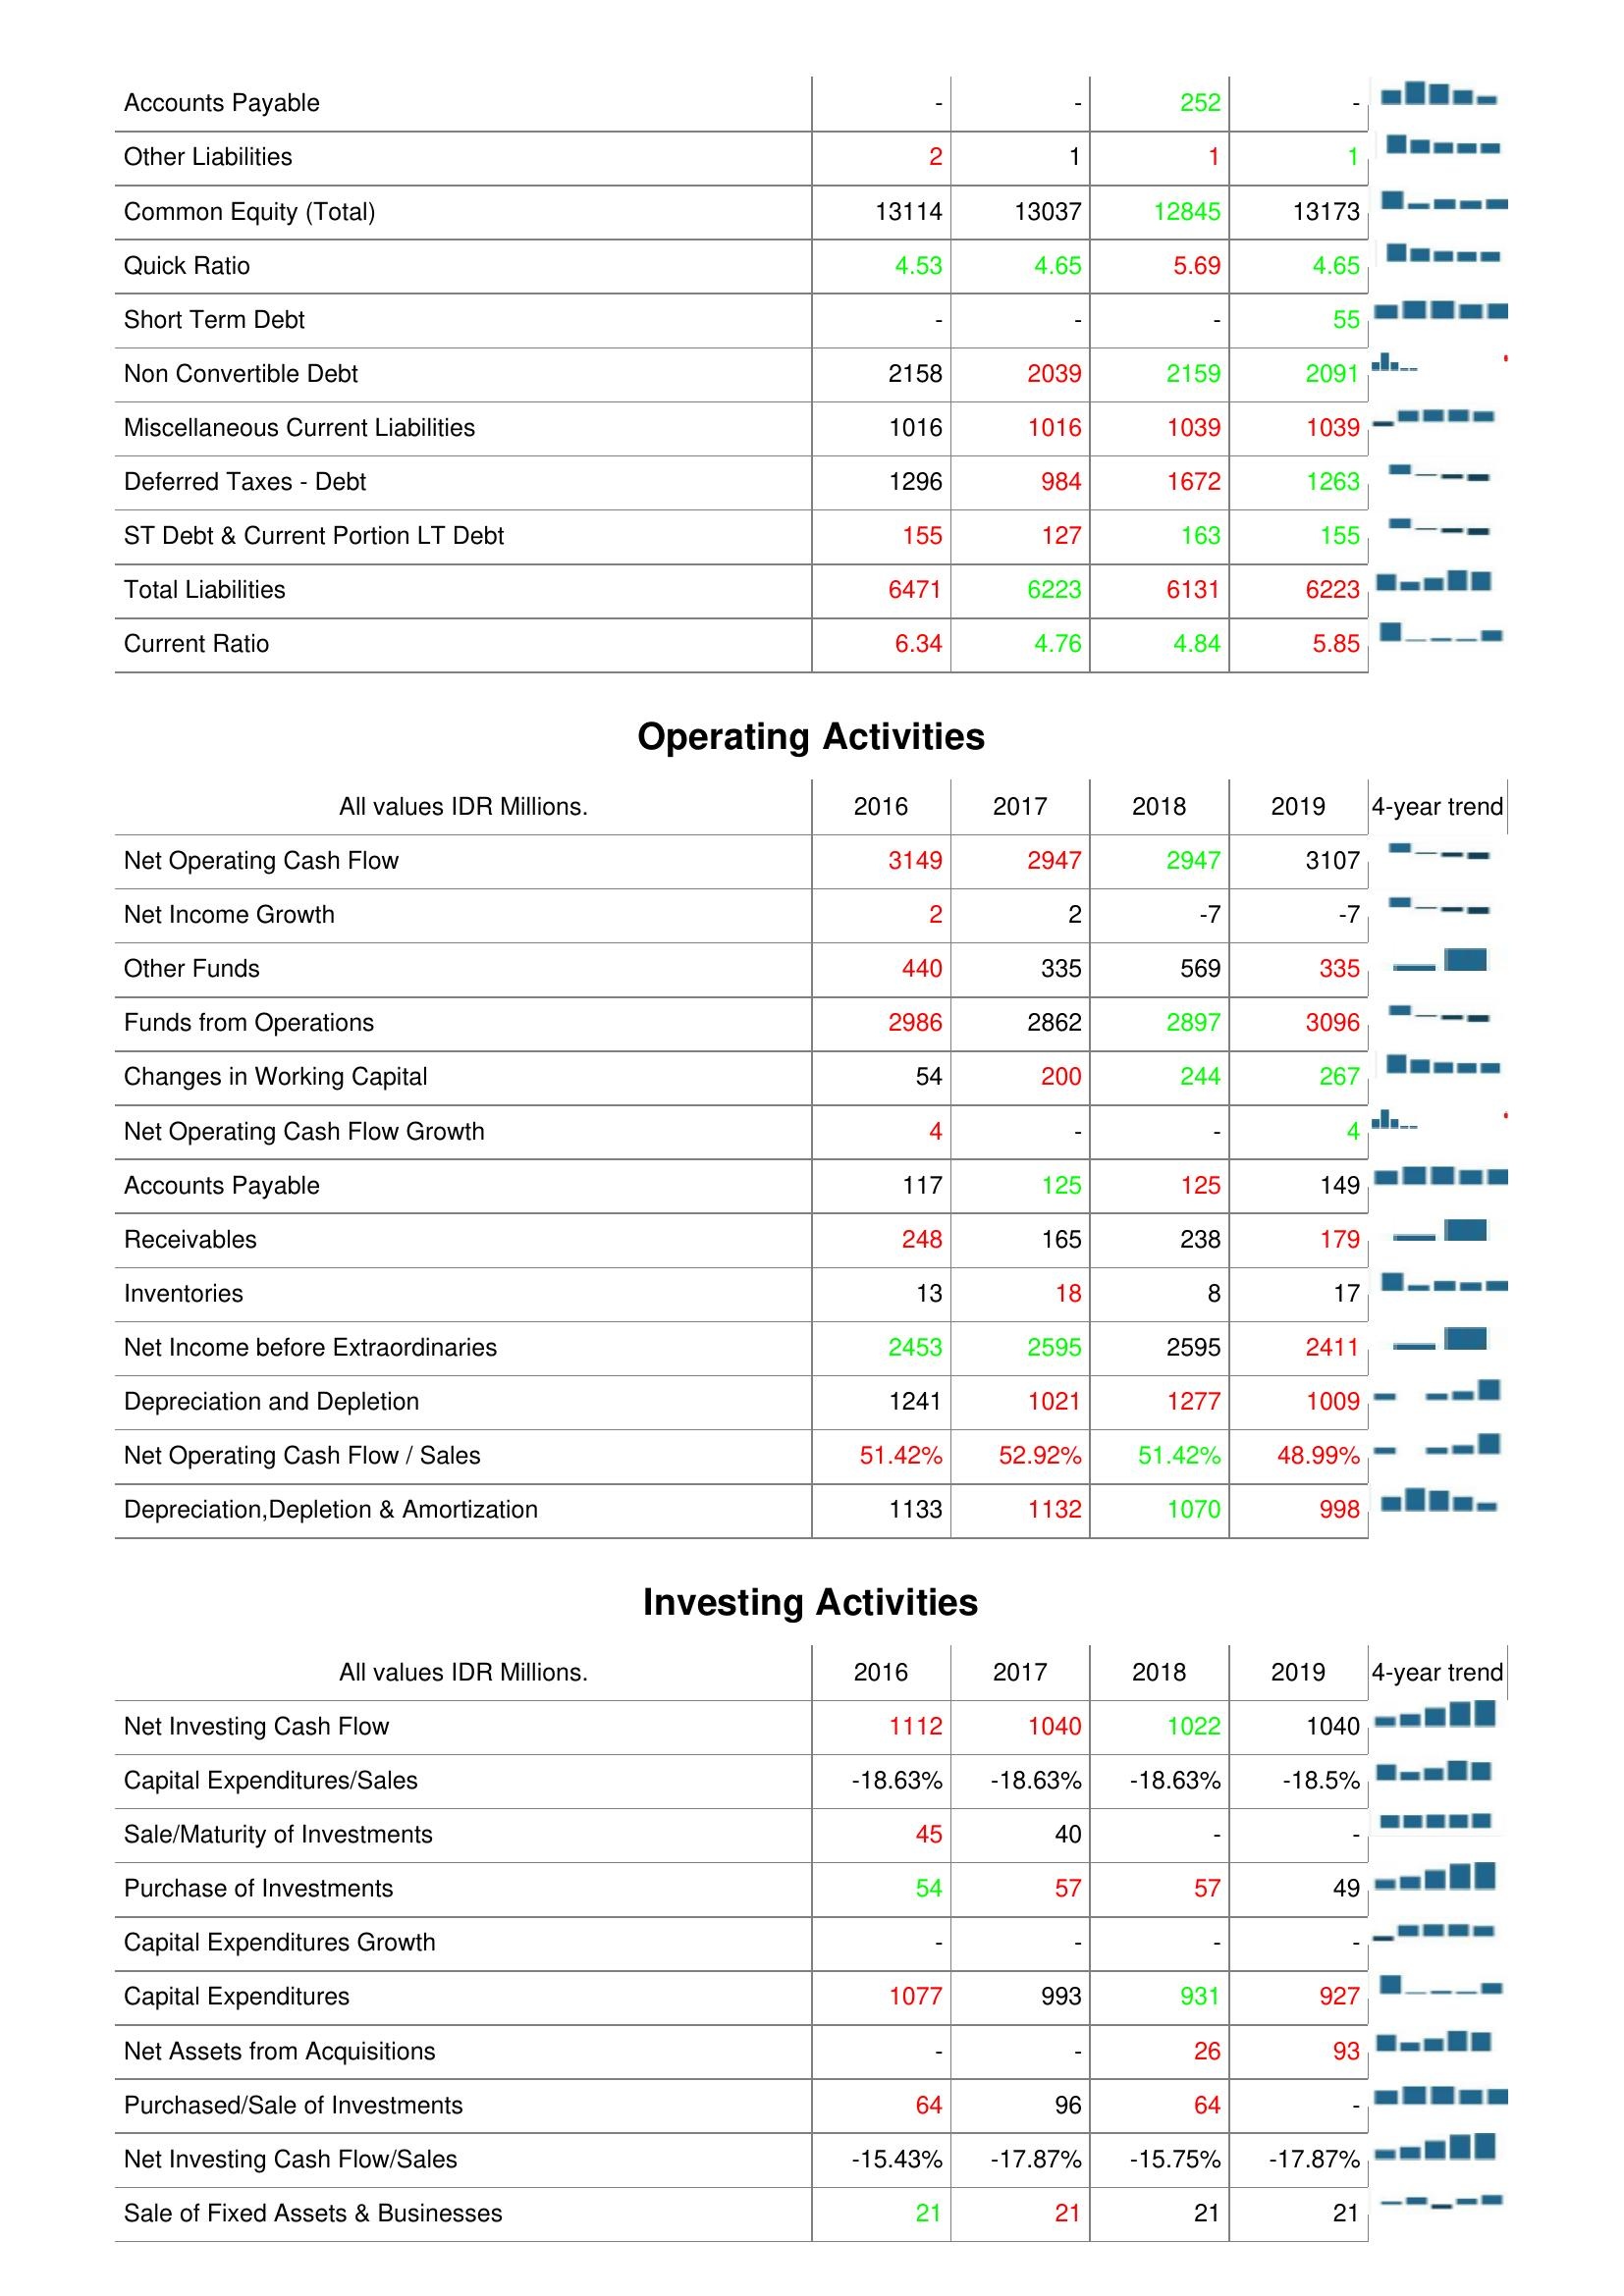
2016: Liabilities & Shareholder's Equity: Accounts Payable: -
Other Liabilities: 2
Common Equity (Total): 13114
Quick Ratio: 4.53
Short Term Debt: -
Non Convertible Debt: 2158
Miscellaneous Current Liabilities: 1016
Deferred Taxes - Debt: 1296
ST Debt & Current Portion LT Debt: 155
Total Liabilities: 6471
Current Ratio: 6.34
Operating Activities: Net Operating Cash Flow: 3149
Net Income Growth: 2
Other Funds: 440
Funds from Operations: 2986
Changes in Working Capital: 54
Net Operating Cash Flow Growth: 4
Accounts Payable: 117
Receivables: 248
Inventories: 13
Net Income before Extraordinaries: 2453
Depreciation and Depletion: 1241
Net Operating Cash Flow / Sales: 51.42%
Depreciation,Depletion & Amortization: 1133
Investing Activities: Net Investing Cash Flow: 1112
Capital Expenditures/Sales: -18.63%
Sale/Maturity of Investments: 45
Purchase of Investments: 54
Capital Expenditures Growth: -
Capital Expenditures: 1077
Net Assets from Acquisitions: -
Purchased/Sale of Investments: 64
Net Investing Cash Flow/Sales: -15.43%
Sale of Fixed Assets & Businesses: 21
2017: Liabilities & Shareholder's Equity: Accounts Payable: -
Other Liabilities: 1
Common Equity (Total): 13037
Quick Ratio: 4.65
Short Term Debt: -
Non Convertible Debt: 2039
Miscellaneous Current Liabilities: 1016
Deferred Taxes - Debt: 984
ST Debt & Current Portion LT Debt: 127
Total Liabilities: 6223
Current Ratio: 4.76
Operating Activities: Net Operating Cash Flow: 2947
Net Income Growth: 2
Other Funds: 335
Funds from Operations: 2862
Changes in Working Capital: 200
Net Operating Cash Flow Growth: -
Accounts Payable: 125
Receivables: 165
Inventories: 18
Net Income before Extraordinaries: 2595
Depreciation and Depletion: 1021
Net Operating Cash Flow / Sales: 52.92%
Depreciation,Depletion & Amortization: 1132
Investing Activities: Net Investing Cash Flow: 1040
Capital Expenditures/Sales: -18.63%
Sale/Maturity of Investments: 40
Purchase of Investments: 57
Capital Expenditures Growth: -
Capital Expenditures: 993
Net Assets from Acquisitions: -
Purchased/Sale of Investments: 96
Net Investing Cash Flow/Sales: -17.87%
Sale of Fixed Assets & Businesses: 21
2018: Liabilities & Shareholder's Equity: Accounts Payable: 252
Other Liabilities: 1
Common Equity (Total): 12845
Quick Ratio: 5.69
Short Term Debt: -
Non Convertible Debt: 2159
Miscellaneous Current Liabilities: 1039
Deferred Taxes - Debt: 1672
ST Debt & Current Portion LT Debt: 163
Total Liabilities: 6131
Current Ratio: 4.84
Operating Activities: Net Operating Cash Flow: 2947
Net Income Growth: -7
Other Funds: 569
Funds from Operations: 2897
Changes in Working Capital: 244
Net Operating Cash Flow Growth: -
Accounts Payable: 125
Receivables: 238
Inventories: 8
Net Income before Extraordinaries: 2595
Depreciation and Depletion: 1277
Net Operating Cash Flow / Sales: 51.42%
Depreciation,Depletion & Amortization: 1070
Investing Activities: Net Investing Cash Flow: 1022
Capital Expenditures/Sales: -18.63%
Sale/Maturity of Investments: -
Purchase of Investments: 57
Capital Expenditures Growth: -
Capital Expenditures: 931
Net Assets from Acquisitions: 26
Purchased/Sale of Investments: 64
Net Investing Cash Flow/Sales: -15.75%
Sale of Fixed Assets & Businesses: 21
2019: Liabilities & Shareholder's Equity: Accounts Payable: -
Other Liabilities: 1
Common Equity (Total): 13173
Quick Ratio: 4.65
Short Term Debt: 55
Non Convertible Debt: 2091
Miscellaneous Current Liabilities: 1039
Deferred Taxes - Debt: 1263
ST Debt & Current Portion LT Debt: 155
Total Liabilities: 6223
Current Ratio: 5.85
Operating Activities: Net Operating Cash Flow: 3107
Net Income Growth: -7
Other Funds: 335
Funds from Operations: 3096
Changes in Working Capital: 267
Net Operating Cash Flow Growth: 4
Accounts Payable: 149
Receivables: 179
Inventories: 17
Net Income before Extraordinaries: 2411
Depreciation and Depletion: 1009
Net Operating Cash Flow / Sales: 48.99%
Depreciation,Depletion & Amortization: 998
Investing Activities: Net Investing Cash Flow: 1040
Capital Expenditures/Sales: -18.5%
Sale/Maturity of Investments: -
Purchase of Investments: 49
Capital Expenditures Growth: -
Capital Expenditures: 927
Net Assets from Acquisitions: 93
Purchased/Sale of Investments: -
Net Investing Cash Flow/Sales: -17.87%
Sale of Fixed Assets & Businesses: 21